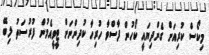
މިކޯސް ކުރިއަށް ގެންދިޔައީ ކޯހުން ފާސްވާ ހުރިހާ ކުދިންނަށް ޓީވީއެމުން ފުރުސަތު ލިބޭ